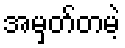
အမှတ်တမဲ့